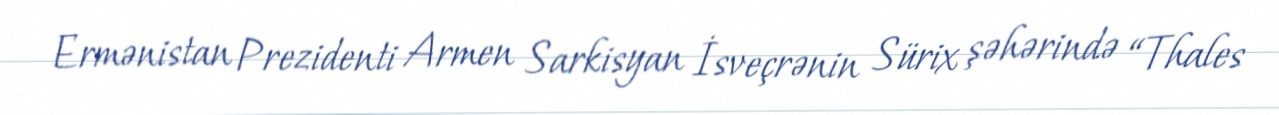
Ermənistan Prezidenti Armen Sarkisyan İsveçrənin Sürix şəhərində “Thales